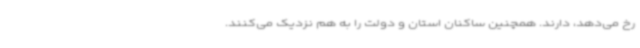
رخ می‌دهد، دارند. همچنین ساکنان استان و دولت را به هم نزدیک می‌کنند.